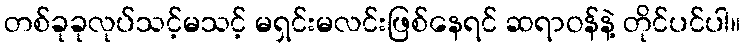
တစ်ခုခုလုပ်သင့်မသင့် မရှင်းမလင်းဖြစ်နေရင် ဆရာဝန်နဲ့ တိုင်ပင်ပါ။